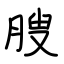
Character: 腴